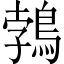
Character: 鵓